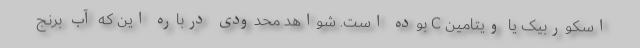
اسکوربیک یا ویتامین C بوده است. شواهد محدودی درباره این که آب برنج